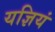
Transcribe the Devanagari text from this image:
यज्ञियं